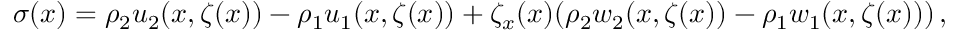
{ \sigma } ( x ) = \rho _ { 2 } u _ { 2 } ( x , \zeta ( x ) ) - \rho _ { 1 } u _ { 1 } ( x , \zeta ( x ) ) + \zeta _ { x } ( x ) ( \rho _ { 2 } w _ { 2 } ( x , \zeta ( x ) ) - \rho _ { 1 } w _ { 1 } ( x , \zeta ( x ) ) ) \, ,